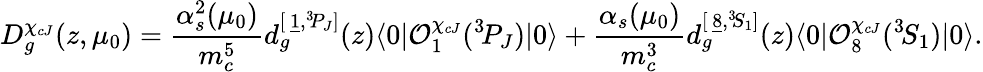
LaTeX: D_{g}^{\chi_{cJ}}(z,\mu_{0})=\frac{\alpha_{s}^{2}(\mu_{0})}{m_{c}^{5}}d_{g}^{[\, \underline{{{1}}},{}^{3}\! P_{J}]}(z)\langle 0|{\cal O}_{1}^{\chi_{cJ}}({}^{3}\! P_{J})|0\rangle+\frac{\alpha_{s}(\mu_{0})}{m_{c}^{3}}d_{g}^{[\, \underline{{{8}}},{}^{3}\! S_{1}]}(z)\langle 0|{\cal O}_{8}^{\chi_{cJ}}({}^{3}\! S_{1})|0\rangle.